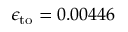
\epsilon _ { \mathrm { t o } } = 0 . 0 0 4 4 6